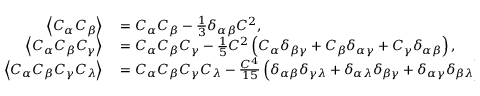
\begin{array} { r l } { \left\langle { C _ { \alpha } C _ { \beta } } \right\rangle } & { { } = C _ { \alpha } C _ { \beta } - \frac { 1 } { 3 } \delta _ { \alpha \beta } C ^ { 2 } , } \\ { \left\langle { C _ { \alpha } C _ { \beta } C _ { \gamma } } \right\rangle } & { { } = C _ { \alpha } C _ { \beta } C _ { \gamma } - \frac { 1 } { 5 } C ^ { 2 } \left( C _ { \alpha } \delta _ { \beta \gamma } + C _ { \beta } \delta _ { \alpha \gamma } + C _ { \gamma } \delta _ { \alpha \beta } \right) , } \\ { \left\langle { C _ { \alpha } C _ { \beta } C _ { \gamma } C _ { \lambda } } \right\rangle } & { { } = C _ { \alpha } C _ { \beta } C _ { \gamma } C _ { \lambda } - \frac { C ^ { 4 } } { 1 5 } \left( \delta _ { \alpha \beta } \delta _ { \gamma \lambda } + \delta _ { \alpha \lambda } \delta _ { \beta \gamma } + \delta _ { \alpha \gamma } \delta _ { \beta \lambda } \right) . } \end{array}